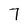
Character: 7